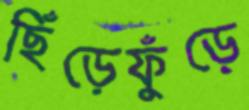
ছিঁড়েফুঁড়ে